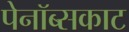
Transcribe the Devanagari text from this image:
पेनॉब्सकाट